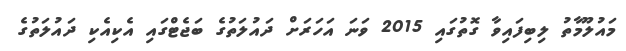
މައުލޫމާތުު ލިބިފައިވާ ގޮތުގައި 2015 ވަނަ އަހަރަށް ދައުލަތުގެ ބަޖެޓްގައި އެކިއެކި ދައުލަތުގެ